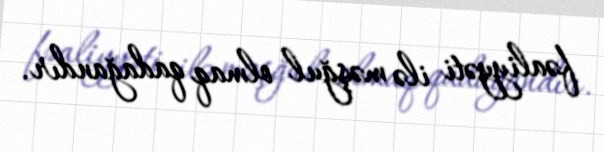
fəaliyyəti ilə məşğul olmaq qadağandır.